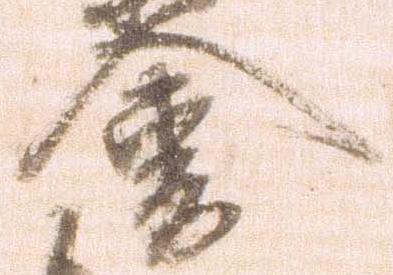
会